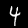
Digit: 4